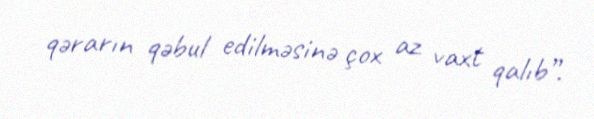
qərarın qəbul edilməsinə çox az vaxt qalıb”.